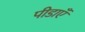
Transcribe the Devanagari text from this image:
पीडाएँ